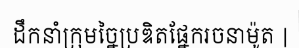
ដឹកនាំក្រុមច្នៃប្រឌិតផ្នែករចនាម៉ូត |